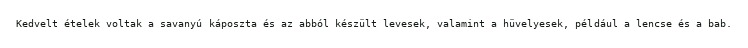
Kedvelt ételek voltak a savanyú káposzta és az abból készült levesek, valamint a hüvelyesek, például a lencse és a bab.